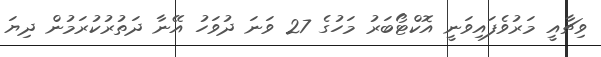
ވިޗާއީ މަރުވެފައިވަނީ އޮކްޓޯބަރު މަހުގެ 27 ވަނަ ދުވަހު އޭނާ ދަތުރުކުރަމުން ދިޔަ